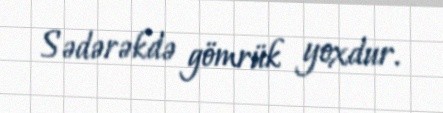
Sədərəkdə gömrük yoxdur.